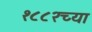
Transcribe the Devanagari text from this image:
१८८२च्या